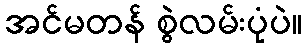
အင်မတန် စွဲလမ်းပုံပဲ။